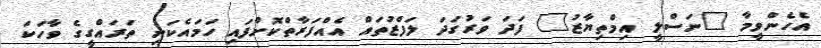
އެހެންވީމާ "ނަސްލީ އިމްތިޔާޒު" ފަދަ ވަރުގަދަ ލަފްޒުތައް އެއްފަރާތްކޮށްފައި ހަމައެކަނި ތަރައްގީގެ ވާހަކަ